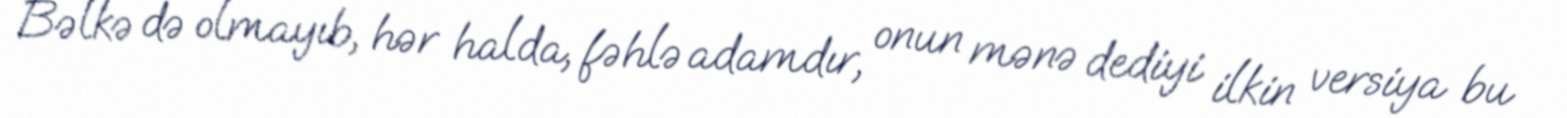
Bəlkə də olmayıb, hər halda, fəhlə adamdır, onun mənə dediyi ilkin versiya bu